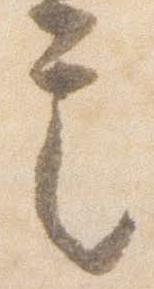
言